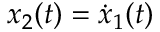
x _ { 2 } ( t ) = { \dot { x } } _ { 1 } ( t )